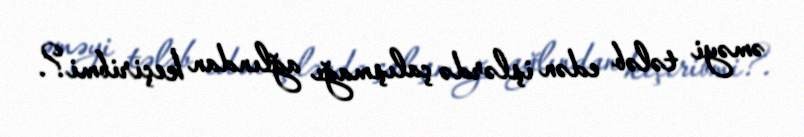
əməyi tələb edən işlərdə çalışmağı ağlından keçiribmi?.